65_HS1-834228961_62-HQ-83894_Section_3
Agency: FBI
Page 183
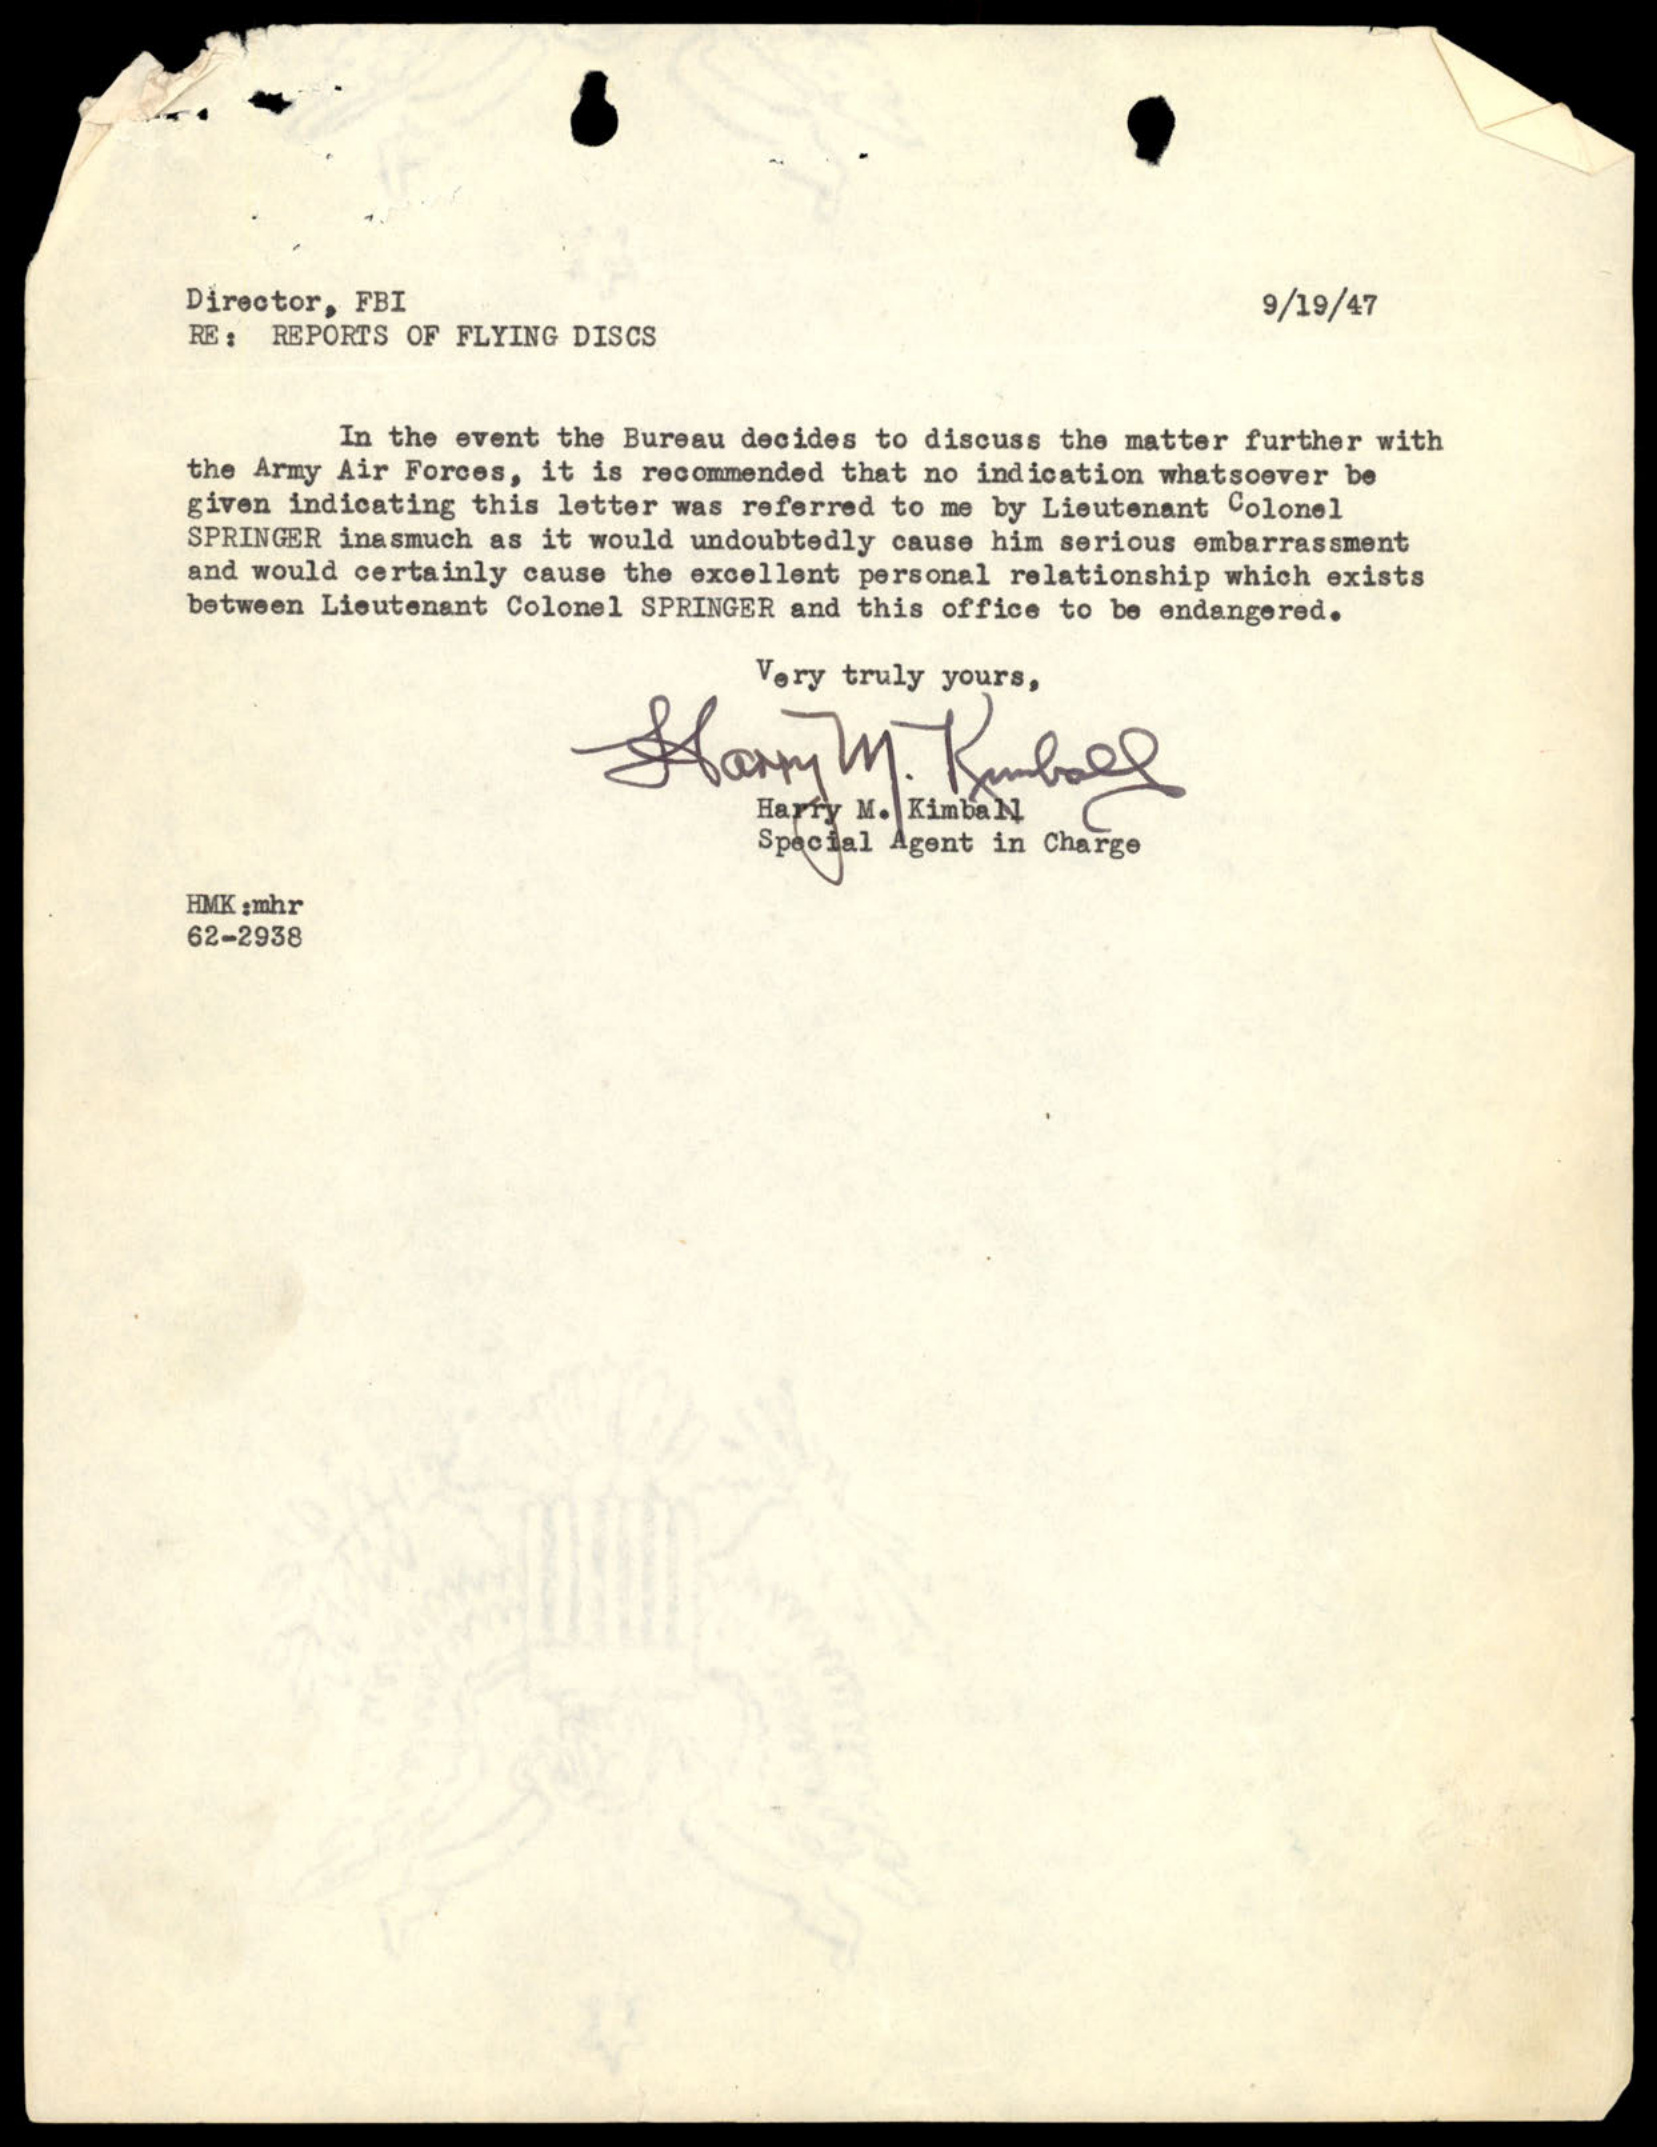